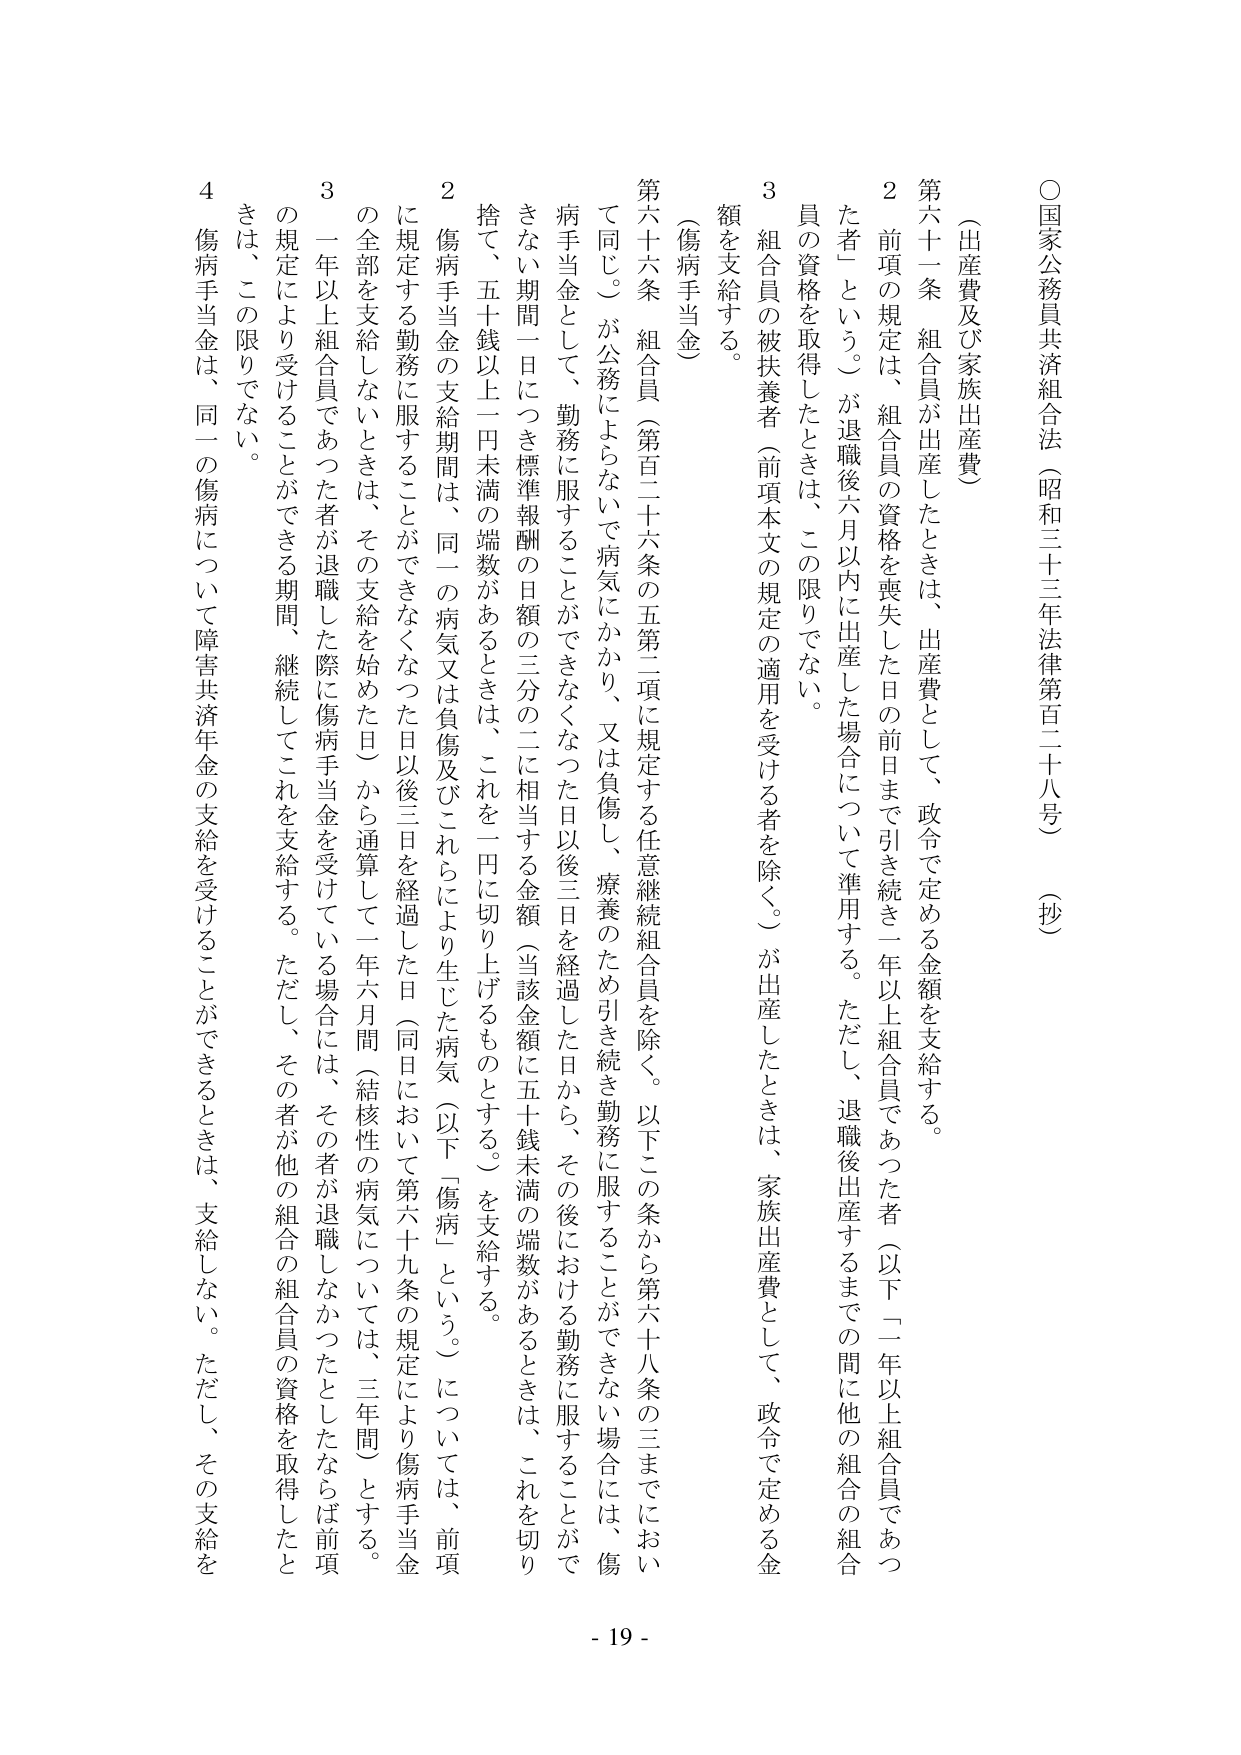
○国家公務員共済組合法（昭和三十三年法律第百二十八号）（抄）

（出産費及び家族出産費）

第六十一条　組合員が出産したときは、出産費として、政令で定める金額を支給する。

２　前項の規定は、組合員の資格を喪失した日の前日まで引き続き一年以上組合員であった者（以下「一年以上組合員であった者」という。）が退職後六月以内に出産した場合について準用する。ただし、退職後出産するまでの間に他の組合の組合員の資格を取得したときは、この限りでない。

３　組合員の被扶養者（前項本文の規定の適用を受ける者を除く。）が出産したときは、家族出産費として、政令で定める金額を支給する。

（傷病手当金）

第六十六条　組合員（第百二十六条の五第二項に規定する任意継続組合員を除く。以下この条から第六十八条の三までにおいて同じ。）が公務によらないで病気にかかり、又は負傷し、療養のため引き続き勤務に服することができない場合には、傷病手当金として、勤務に服することができなくなった日以後三日を経過した日から、その後における勤務に服することができない期間一日につき標準報酬の日額の三分の二に相当する金額（当該金額に五十銭未満の端数があるときは、これを切り捨て、五十銭以上一円未満の端数があるときは、これを一円に切り上げるものとする。）を支給する。

２　傷病手当金の支給期間は、同一の病気又は負傷及びこれらにより生じた病気（以下「傷病」という。）については、前項に規定する勤務に服することができなくなった日以後三日を経過した日（同日において第六十九条の規定により傷病手当金の全部を支給しないときは、その支給を始めた日）から通算して一年六月間（結核性の病気については、三年間）とする。

３　一年以上組合員であった者が退職した際に傷病手当金を受けている場合には、その者が退職しなかったとしならば前項の規定により受けることができる期間、継続してこれを支給する。ただし、その者が他の組合の組合員の資格を取得したときは、この限りでない。

４　傷病手当金は、同一の傷病について障害共済年金の支給を受けることができるときは、支給しない。ただし、その支給を

- 19 -